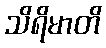
သိရိမာတိ